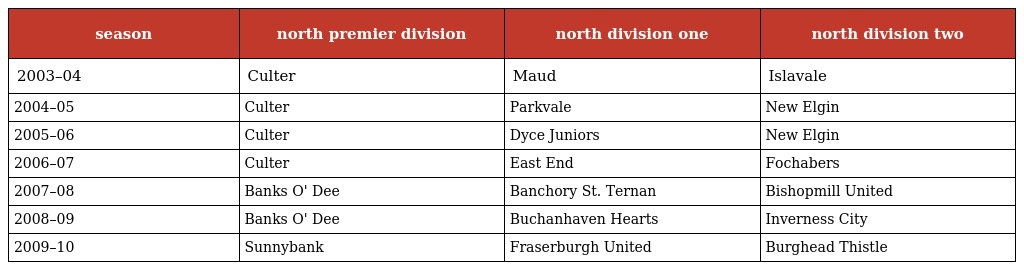
| season | north premier division | north division one | north division two |
 | --- | --- | --- | --- |
 | 2003–04 | Culter | Maud | Islavale |
 | 2004–05 | Culter | Parkvale | New Elgin |
 | 2005–06 | Culter | Dyce Juniors | New Elgin |
 | 2006–07 | Culter | East End | Fochabers |
 | 2007–08 | Banks O' Dee | Banchory St. Ternan | Bishopmill United |
 | 2008–09 | Banks O' Dee | Buchanhaven Hearts | Inverness City |
 | 2009–10 | Sunnybank | Fraserburgh United | Burghead Thistle |